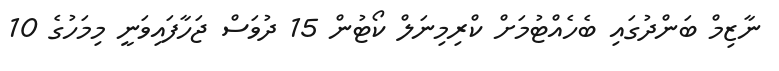
ނާޒިމް ބަންދުގައި ބެހެއްޓުމަށް ކްރިމިނަލް ކޯޓުން 15 ދުވަސް ޖަހާފައިވަނީ މިމަހުގެ 10